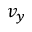
v _ { y }